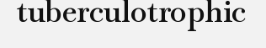
tuberculotrophic